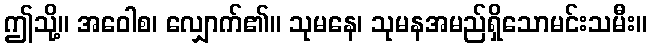
ဤသို့။ အဝေါစ၊ လျှောက်၏။ သုမနေ၊ သုမနအမည်ရှိသောမင်းသမီး။